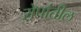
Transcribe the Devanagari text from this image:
रोपांतील